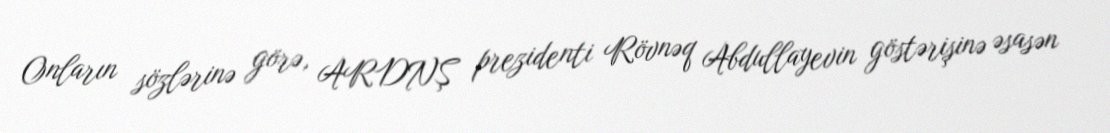
Onların sözlərinə görə, ARDNŞ prezidenti Rövnəq Abdullayevin göstərişinə əsasən